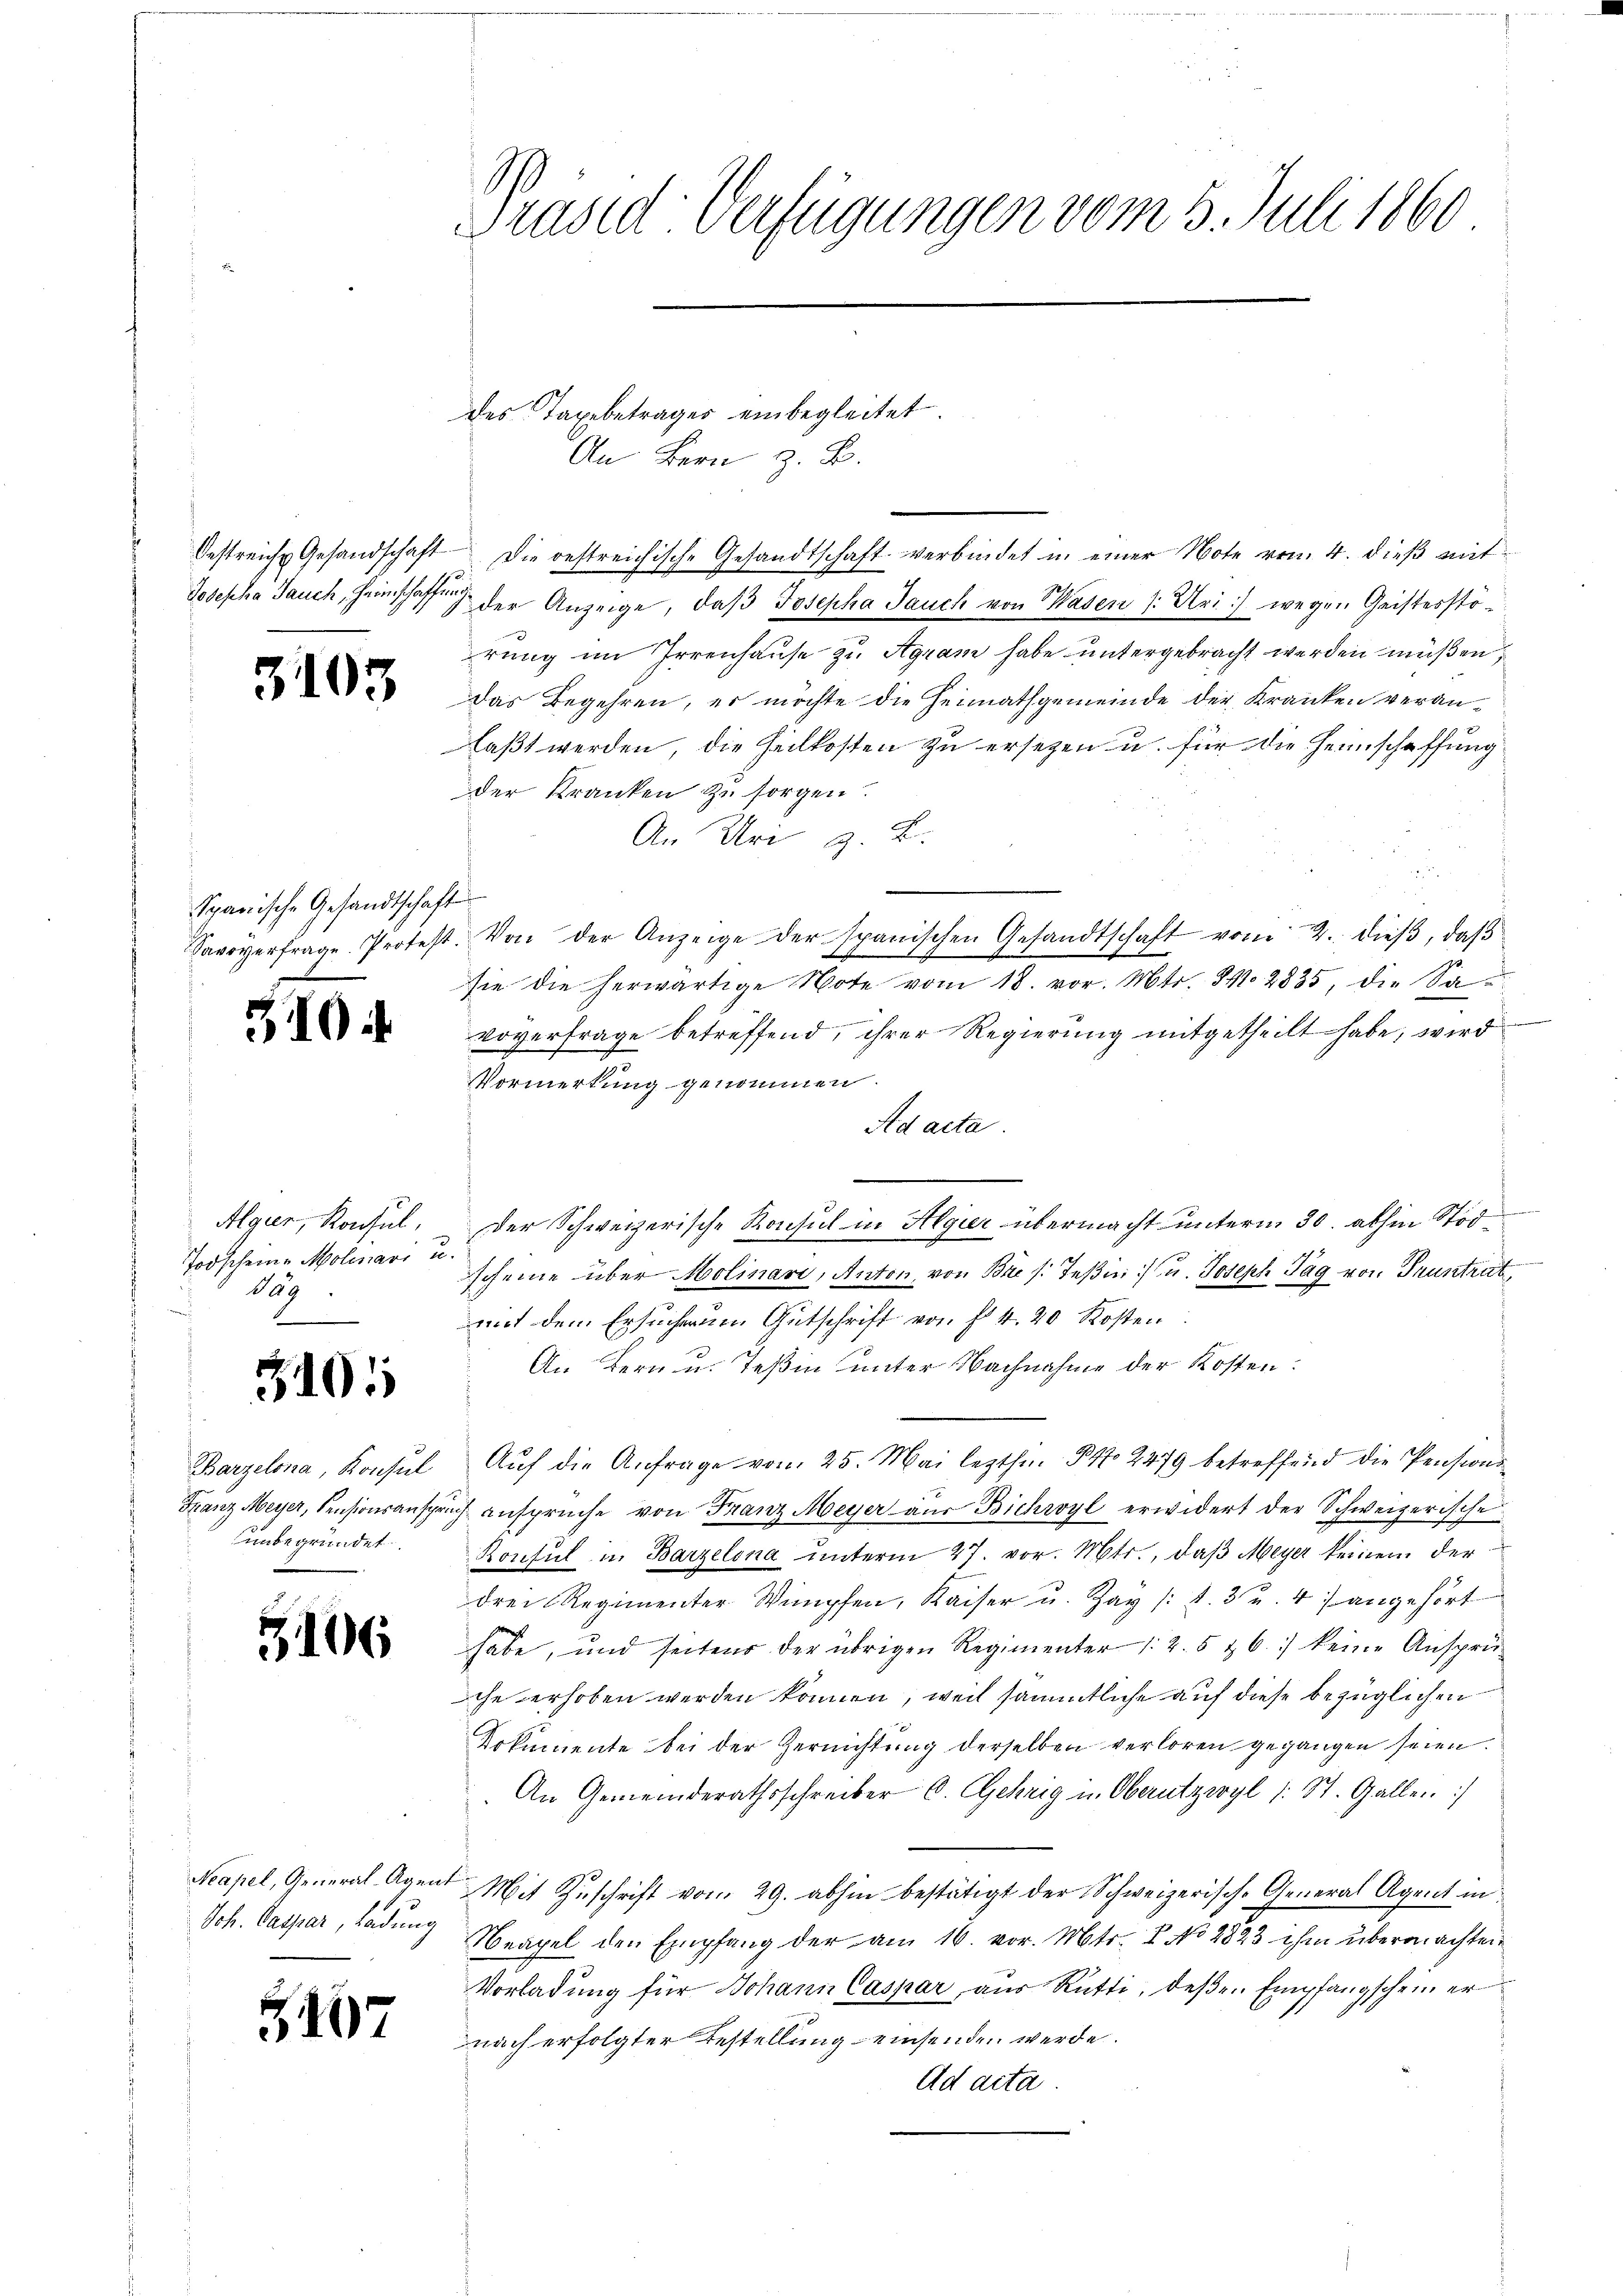
Oestreiche Gesandschaft
Josepha Sauch, Heimschaffe

3103

Spanische Gesandtschaft
Savoyerfrage. Protes.

310

Algier, Konsul,
Todscheine Molinari in
Dag
u

3101

Barzelona, Konsul
Franz Meyer, Pensionsanspri
unbegründet.

1

6

Neapel, General-Agen
Sch. Payer Ladung

107

Präsid. Verfügungen vom 3. Juli 1860

des Tagebetrages einbegleitet
An Bern z. B.

Die bestreichische Gesandtschaft verbindet in einer Note vom 4. dieß mit¬
 der Anzeige, daβ Josepha Jauch von Wasen /: Uri wegen Geistesstörung im Irrenhause zu Agram habe untergebracht werden müßen,
Das Begehren, es möchte die Heimathgemeinde der Kranken veranlaßt werden, die Heilkosten zu ersezen u. für die Heimschaffung
der Kranken zu sorgen.
An Uri z. B.
2
 Von der Anzeige der spanischen Gesandtschaft vom 2. dieß, daß
sie die herwärtige Note vom 18. vor. Mts. S. 2835, die Sa¬
.
voverfrage betreffend, ihrer Regierung mitgetheilt habe, wird
Vormerkung genommen.
Ad acta.
Der Schweizerische Konsul in Algier übermacht unterm 30. abhin Stödscheine über Molinari, Anton, von Bre /: Teβin:/ u. Joseph Tag von Truntrut,
mit dem Ersucherum Gutschrift von fl. 420 Kosten
An Bern u. Teßin unter Nachnahme der Kosten.
Aŭf die Anfrage vom 25. Mai lezthin No 2479 betreffend die Pensionsihansprüche von Franz Meyer aus Bichwoyl erwidert der Schweizerische
Konsul in Barzelona unterm 27. vor. Mts., daβ Meyer keinem der
drei Regimenter Wimpfen, Kaiser u. Zay (S. 3 u. 47 angehört
habe, und seitens der übrigen Regimenter /: 2. 5 & 6.) keine Ansprüche erhoben werden können, weil sämmtliche auf diese bezüglichen
Dokumente bei der Zernichtung derselben verloren gegangen seien.
An Gemeinderathsschreiber C. Gehrig in Oberutzwyl (: St. Gallen :/
Mit Zuschrift vom 29. abhin bestätigt der Schweizerische General Agent in
Neapel den Empfang der am 16. vor. Mts. I No 2823 ihm übermachten
Vorladung für Johann Caspar aus Rütti, deßen Empfangschein er
nach erfolgter Bestellung einsenden werde.
Ad acta